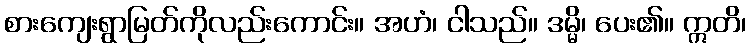
စားကျေးရွာမြတ်ကိုလည်းကောင်း။ အဟံ၊ ငါသည်။ ဒမ္မိ၊ ပေး၏။ ဣတိ၊